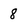
Character: 8